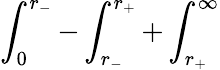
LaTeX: \int_{0}^{r_{-}}-\int_{r_{-}}^{r_{+}}+\int_{r_{+}}^{\infty}